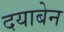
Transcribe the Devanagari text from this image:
दयाबेन